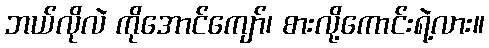
ဘယ်လိုလဲ ကိုအောင်ကျော်၊ စားလို့ကောင်းရဲ့လား။